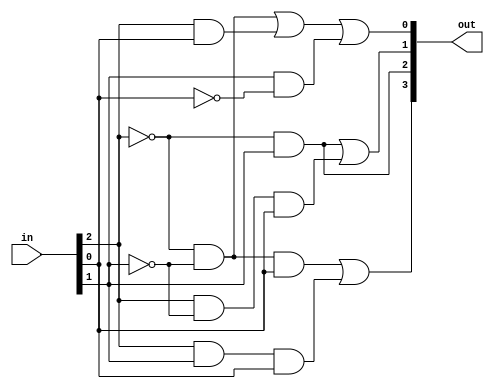
module lab5(in, out); // lab5()
	
	//
	input [2:0]in; // in , 3bit wire
	output [3:0]out; // out , 4bit wire
	
	//
	assign out[3] = (!in[2] & !in[1] & in[0]) | (in[2] & in[1] & in[0]), 
		out[2] = (!in[2] & in[1]),
		out[1] = (!in[2] & in[1]) | (in[2] & !in[1] & in[0]),
		out[0] = (!in[2] & !in[1]) | (in[2] & in[0]) | (in[1] & !in[0]); 
		// assign  out 

endmodule //